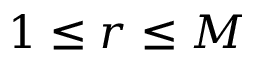
1 \leq r \leq M